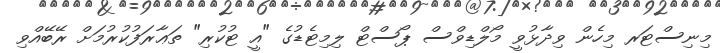
މިނިސްޓަރ މިހެން ވިދާޅުވީ މޯލްޑިވްސް ޕޯސްޓް ލިމިޓެޑުގެ "އީ ޓުކުރި" ތަޢާރަފުކުރުމަށް ރޭބޭއްވި